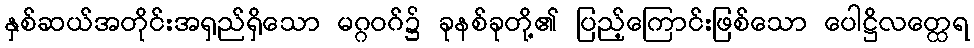
နှစ်ဆယ်အတိုင်းအရှည်ရှိသော မဂ္ဂဝဂ်၌ ခုနစ်ခုတို့၏ ပြည့်ကြောင်းဖြစ်သော ပေါဋ္ဌိလတ္ထေရ